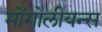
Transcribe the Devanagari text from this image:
मोंगोलीयन्स